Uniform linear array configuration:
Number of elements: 16
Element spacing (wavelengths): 0.25
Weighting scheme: uniform
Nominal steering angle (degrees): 30
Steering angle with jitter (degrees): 29.553
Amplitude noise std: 0.05
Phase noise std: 0.05

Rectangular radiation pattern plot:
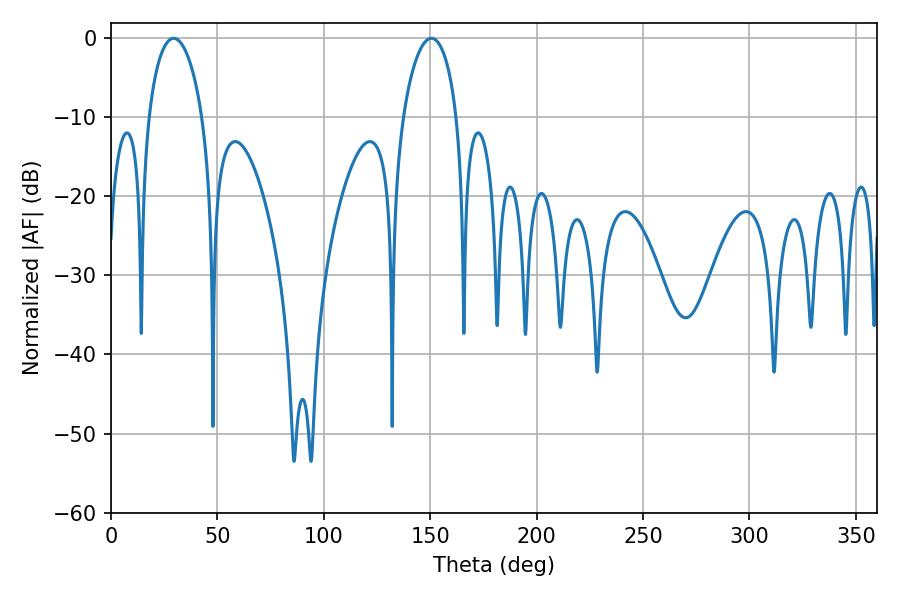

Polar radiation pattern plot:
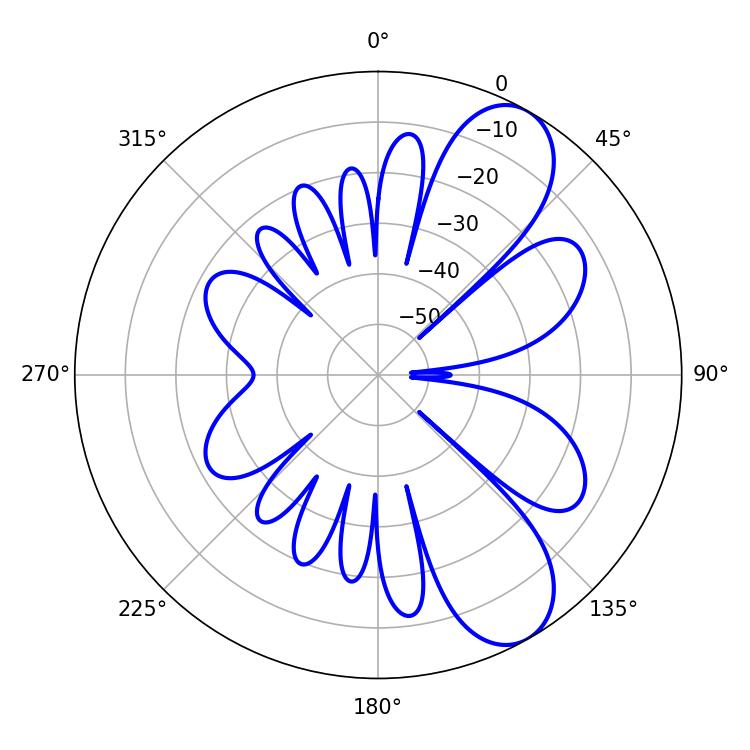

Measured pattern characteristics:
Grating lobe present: FALSE
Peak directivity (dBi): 8.572
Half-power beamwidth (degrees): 14.4
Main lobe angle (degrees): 29.52